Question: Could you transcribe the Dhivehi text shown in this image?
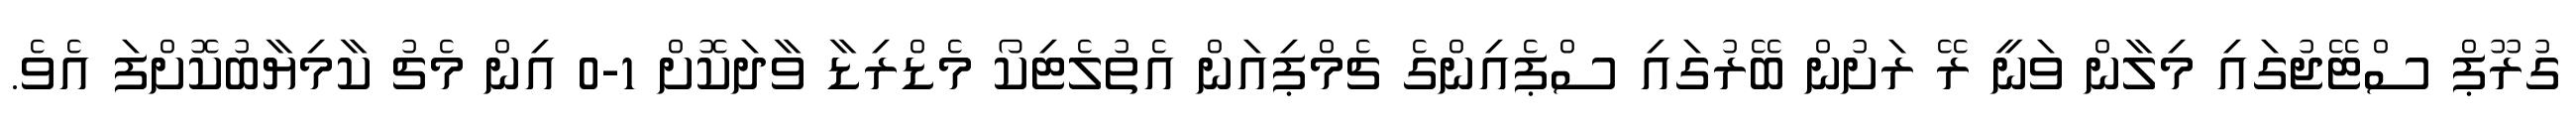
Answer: ގުރޫޕް ސްޓޭޖުގައި މިލާން ވަނީ ރޭ ރަށުން ބޭރުގައި ސްޕެއިންގެ ޗެމްޕިއަން އެތުލެޓިކޯ މެޑްރިޑާ ވާދަކޮށް 1-0 އިން މެޗު ކާމިޔާބުކޮށްފަ އެވެ.